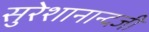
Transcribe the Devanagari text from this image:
सुरेशानान्दजी